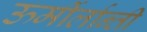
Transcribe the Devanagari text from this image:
ऊर्मीर्लान्ती